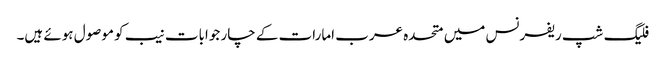
فلیگ شپ ریفرنس میں متحدہ عرب امارات کے چار جوابات نیب کو موصول ہوئے ہیں۔